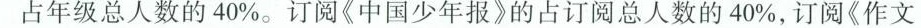
占年级总人数的40%。订阅《中国少年报》的占订阅总人数的40%，订阅《作文